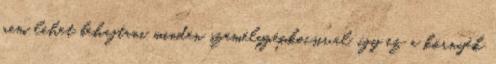
nem lehet behajtani minden személygépkocsival, így ez a környék